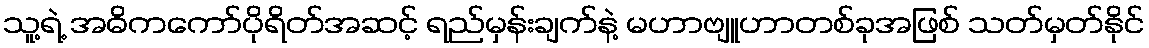
သူ့ရဲ့ အဓိကကော်ပိုရိတ်အဆင့် ရည်မှန်းချက်နဲ့ မဟာဗျူဟာတစ်ခုအဖြစ် သတ်မှတ်နိုင်